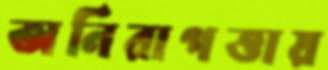
অনিরাপত্তায়